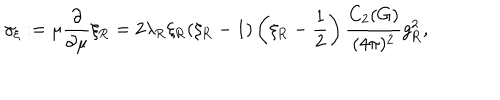
\gamma _ { \xi } : = \mu \frac \partial { \partial \mu } \xi _ { \mathrm { R } } = 2 \lambda _ { \mathrm { R } } \xi _ { \mathrm { R } } ( \xi _ { \mathrm { R } } - 1 ) \left( \xi _ { \mathrm { R } } - { \frac { 1 } { 2 } } \right) \frac { C _ { 2 } ( G ) } { ( 4 \pi ) ^ { 2 } } g _ { \mathrm { R } } ^ { 2 } ,